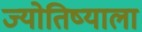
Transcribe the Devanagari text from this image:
ज्योतिष्याला